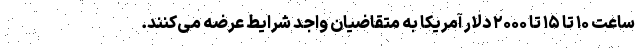
ساعت ۱۰ تا ۱۵ تا ۲۰۰۰ دلار آمریکا به متقاضیان واجد شرایط عرضه می‌کنند.